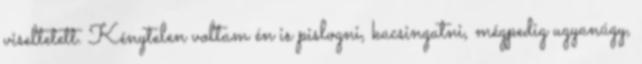
viseltetett. Kénytelen voltam én is pislogni, kacsingatni, mégpedig ugyanúgy,